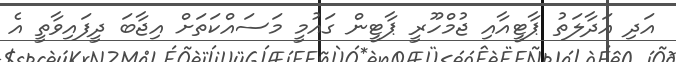
އަދި އަދާލަތު ޕާޓީއާއި ޖުމްހޫރީ ޕާޓީން ގައުމީ މަސައްކަތަށް އިޖާބަ ދީފައިވާތީ އެ